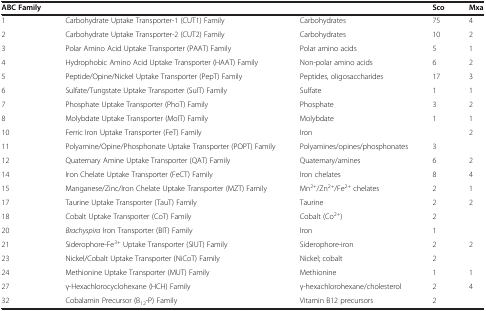
<table><thead><tr><td><b>ABC Family</b></td><td>[EMPTY_CELL]</td><td>[EMPTY_CELL]</td><td><b>Sco</b></td><td><b>Mxa</b></td></tr></thead><tbody><tr><td>1</td><td>Carbohydrate Uptake Transporter-1 (CUT1) Family</td><td>Carbohydrates</td><td>75</td><td>4</td></tr><tr><td>2</td><td>Carbohydrate Uptake Transporter-2 (CUT2) Family</td><td>Carbohydrates</td><td>10</td><td>2</td></tr><tr><td>3</td><td>Polar Amino Acid Uptake Transporter (PAAT) Family</td><td>Polar amino acids</td><td>5</td><td>1</td></tr><tr><td>4</td><td>Hydrophobic Amino Acid Uptake Transporter (HAAT) Family</td><td>Non-polar amino acids</td><td>6</td><td>2</td></tr><tr><td>5</td><td>Peptide/Opine/Nickel Uptake Transporter (PepT) Family</td><td>Peptides, oligosaccharides</td><td>17</td><td>3</td></tr><tr><td>6</td><td>Sulfate/Tungstate Uptake Transporter (SulT) Family</td><td>Sulfate</td><td>1</td><td>1</td></tr><tr><td>7</td><td>Phosphate Uptake Transporter (PhoT) Family</td><td>Phosphate</td><td>3</td><td>2</td></tr><tr><td>8</td><td>Molybdate Uptake Transporter (MolT) Family</td><td>Molybdate</td><td>1</td><td>1</td></tr><tr><td>10</td><td>Ferric Iron Uptake Transporter (FeT) Family</td><td>Iron</td><td>[EMPTY_CELL]</td><td>2</td></tr><tr><td>11</td><td>Polyamine/Opine/Phosphonate Uptake Transporter (POPT) Family</td><td>Polyamines/opines/phosphonates</td><td>3</td><td>[EMPTY_CELL]</td></tr><tr><td>12</td><td>Quaternary Amine Uptake Transporter (QAT) Family</td><td>Quaternary/amines</td><td>6</td><td>2</td></tr><tr><td>14</td><td>Iron Chelate Uptake Transporter (FeCT) Family</td><td>Iron chelates</td><td>8</td><td>4</td></tr><tr><td>15</td><td>Manganese/Zinc/Iron Chelate Uptake Transporter (MZT) Family</td><td>Mn<sup>2+</sup>/Zn<sup>2+</sup>/Fe<sup>2+</sup> chelates</td><td>2</td><td>1</td></tr><tr><td>17</td><td>Taurine Uptake Transporter (TauT) Family</td><td>Taurine</td><td>2</td><td>2</td></tr><tr><td>18</td><td>Cobalt Uptake Transporter (CoT) Family</td><td>Cobalt (Co<sup>2+</sup>)</td><td>2</td><td>[EMPTY_CELL]</td></tr><tr><td>20</td><td><i>Brachyspira</i> Iron Transporter (BIT) Family</td><td>Iron</td><td>1</td><td>[EMPTY_CELL]</td></tr><tr><td>21</td><td>Siderophore-Fe<sup>3+</sup> Uptake Transporter (SIUT) Family</td><td>Siderophore-iron</td><td>2</td><td>2</td></tr><tr><td>23</td><td>Nickel/Cobalt Uptake Transporter (NiCoT) Family</td><td>Nickel; cobalt</td><td>2</td><td>[EMPTY_CELL]</td></tr><tr><td>24</td><td>Methionine Uptake Transporter (MUT) Family</td><td>Methionine</td><td>1</td><td>1</td></tr><tr><td>27</td><td>γ-Hexachlorocyclohexane (HCH) Family</td><td>γ-hexachlorohexane/cholesterol</td><td>2</td><td>4</td></tr><tr><td>32</td><td>Cobalamin Precursor (B<sub>12</sub>-P) Family</td><td>Vitamin B12 precursors</td><td>2</td><td>[EMPTY_CELL]</td></tr></tbody></table>